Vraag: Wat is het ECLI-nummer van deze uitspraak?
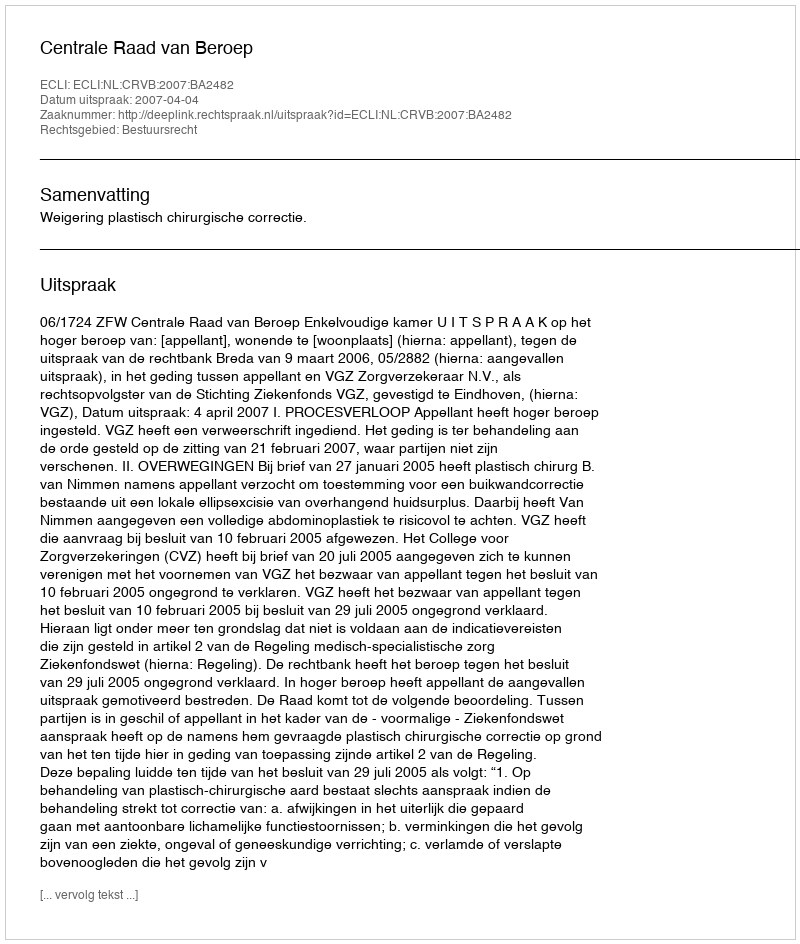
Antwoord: ECLI:NL:CRVB:2007:BA2482